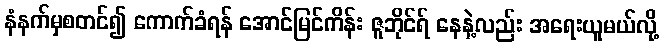
နံနက်မှစတင်၍ ကောက်ခံရန် အောင်မြင်ကိန်း ဇူဘိုင်ရ် နေနဲ့လည်း အရေးယူမယ်လို့